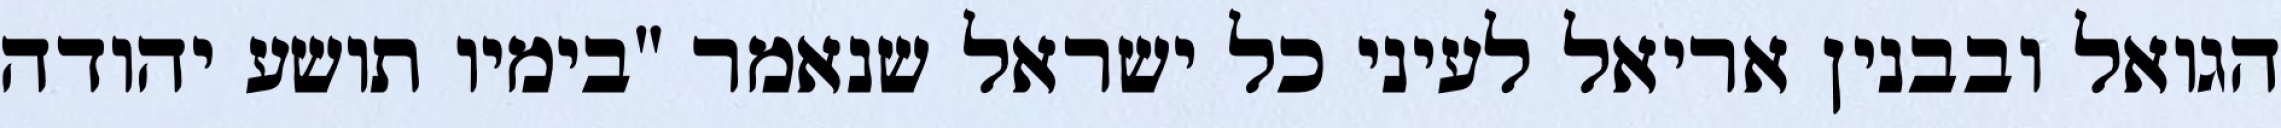
הגואל ובבנין אריאל לעיני כל ישראל שנאמר "בימיו תושע יהודה